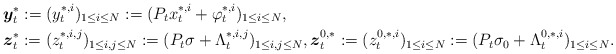
\begin{align*}\left.\begin{aligned}& \boldsymbol{y}_t^{*}:=(y_t^{*,i})_{1\leq i\leq N}:=(P_t x_t^{*,i}+\varphi_t^{*,i})_{1\leq i\leq N},\\&\boldsymbol{z}_t^{*}:=(z_t^{*,i,j})_{1\leq i,j\leq N}:=(P_t\sigma+\Lambda_t^{*,i,j})_{1\leq i,j\leq N},\boldsymbol{z}_t^{0,*}:=(z_t^{0,*,i})_{1\leq i\leq N}:=(P_t\sigma_0+\Lambda_t^{0,*,i})_{1\leq i\leq N}.\end{aligned}\right. \end{align*}